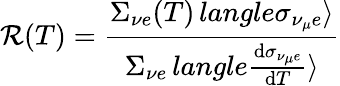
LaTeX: \mathcal{R}(T)=\frac{{\Sigma_{{\nu}e}(T)\, langle\sigma_{{\nu_{\mu}}e}\rangle}}{{\Sigma_{{\nu}e}\, langle\frac{{\mathrm{{d}}\sigma_{{\nu_{\mu}}e}}}{{\mathrm{{d}}T}}\rangle}}